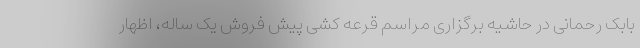
بابک رحمانی در حاشیه برگزاری مراسم قرعه کشی پیش فروش یک ساله، اظهار